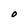
Character: O